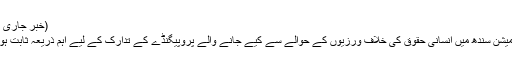
(خبر جاری ہے)
یہ کمیشن سندھ میں انسانی حقوق کی خلاف ورزیوں کے حوالے سے کیے جانے والے پروپیگنڈے کے تدارک کے لیے اہم ذریعہ ثابت ہو گا ۔